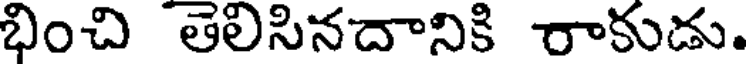
భించి తెలిసినదానికి రాకుడు.